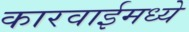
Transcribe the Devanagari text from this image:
कारवाईमध्ये